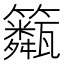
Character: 𥷖